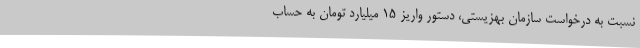
نسبت به درخواست سازمان بهزیستی، دستور واریز 15 میلیارد تومان به حساب